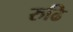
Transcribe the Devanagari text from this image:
रुढि